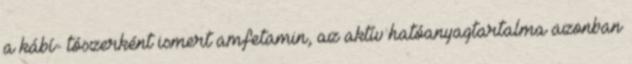
a kábí- tószerként ismert amfetamin, az aktív hatóanyagtartalma azonban